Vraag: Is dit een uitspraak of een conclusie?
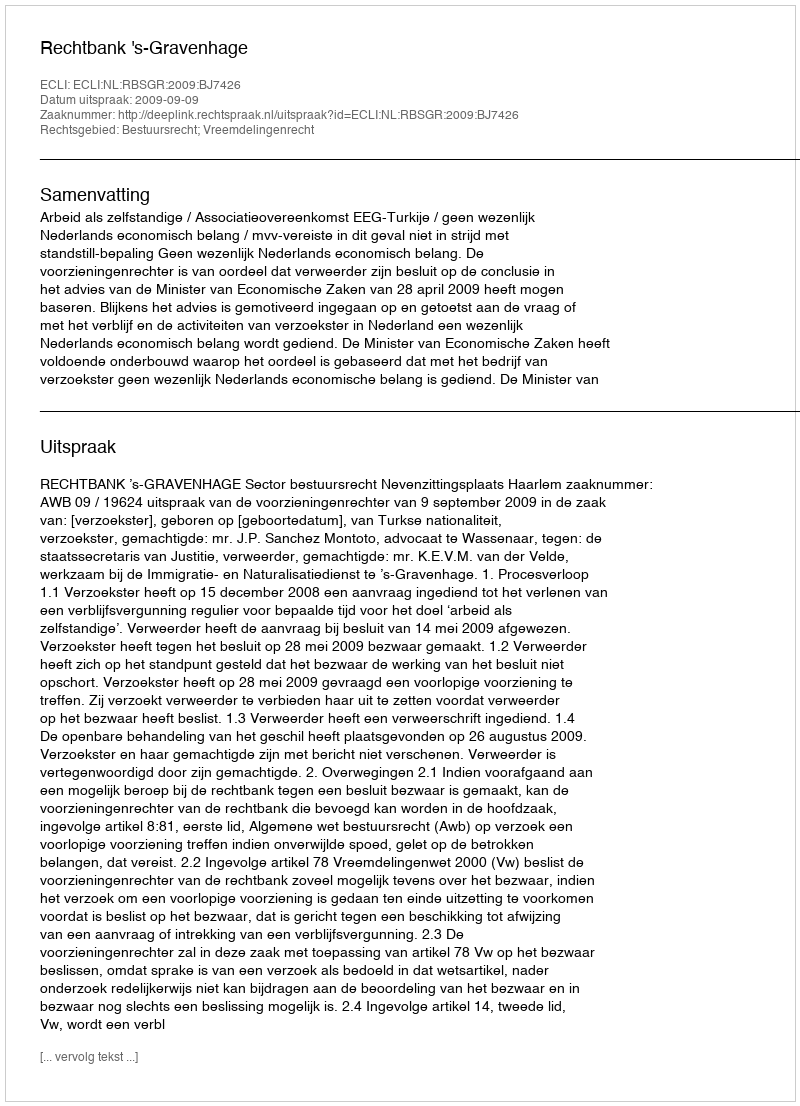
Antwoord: Uitspraak